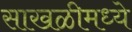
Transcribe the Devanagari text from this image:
साखळीमध्ये